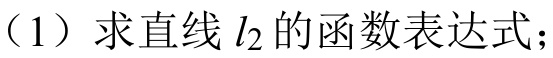
（1）求直线 \(l_{2}\) 的函数表达式；